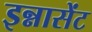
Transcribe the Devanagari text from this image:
इन्नासेंट